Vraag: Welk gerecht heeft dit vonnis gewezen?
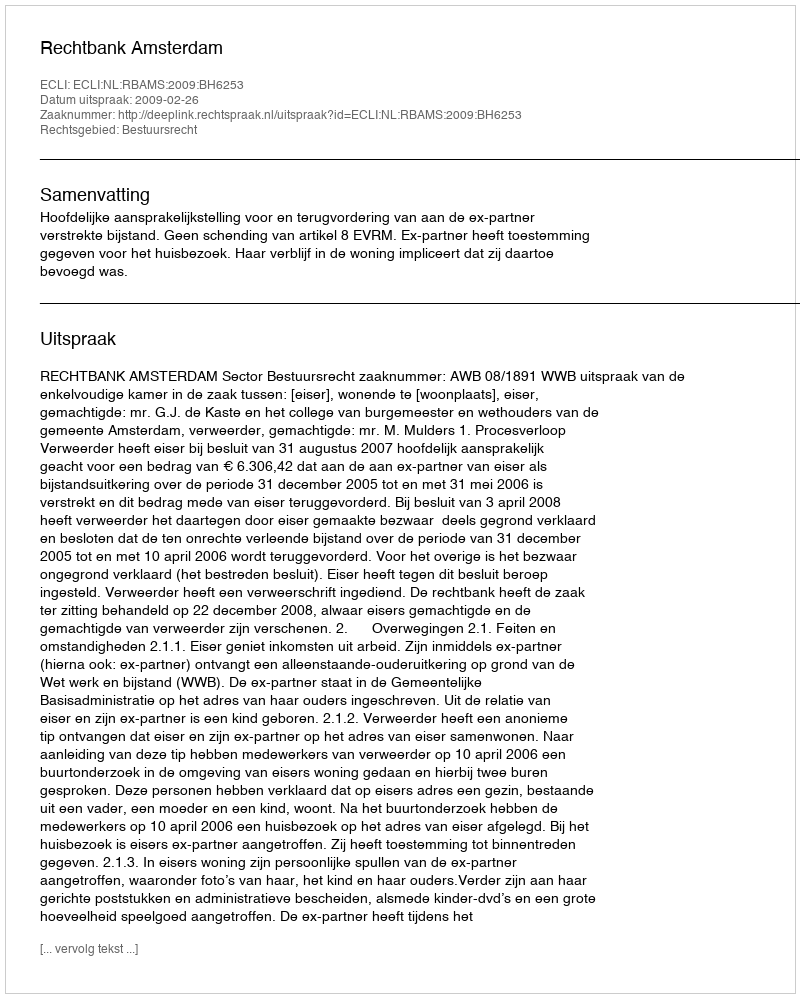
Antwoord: Rechtbank Amsterdam